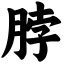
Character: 脖